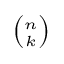
\scriptstyle { \binom { n } { k } }